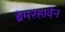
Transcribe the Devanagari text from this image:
ब्रेमरहावेन